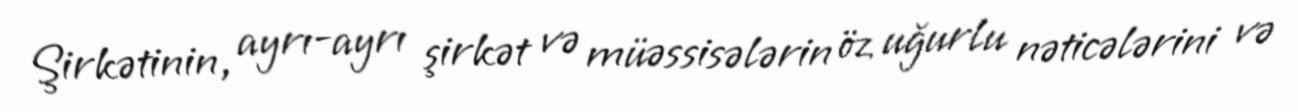
Şirkətinin, ayrı-ayrı şirkət və müəssisələ­rin öz uğurlu nəticələrini və